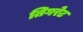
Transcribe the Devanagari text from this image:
तिगरेट